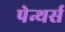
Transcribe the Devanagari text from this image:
पेन्थर्स